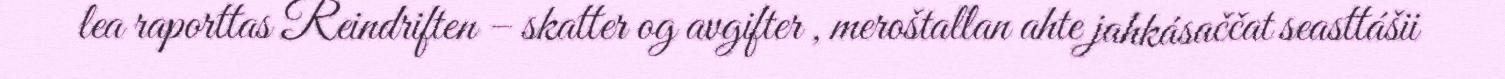
lea raporttas Reindriften – skatter og avgifter , meroštallan ahte jahkásaččat seasttášii